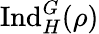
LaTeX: {\mathrm{Ind}}_{H}^{G}(\rho)